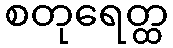
စတုရေတ္ထ